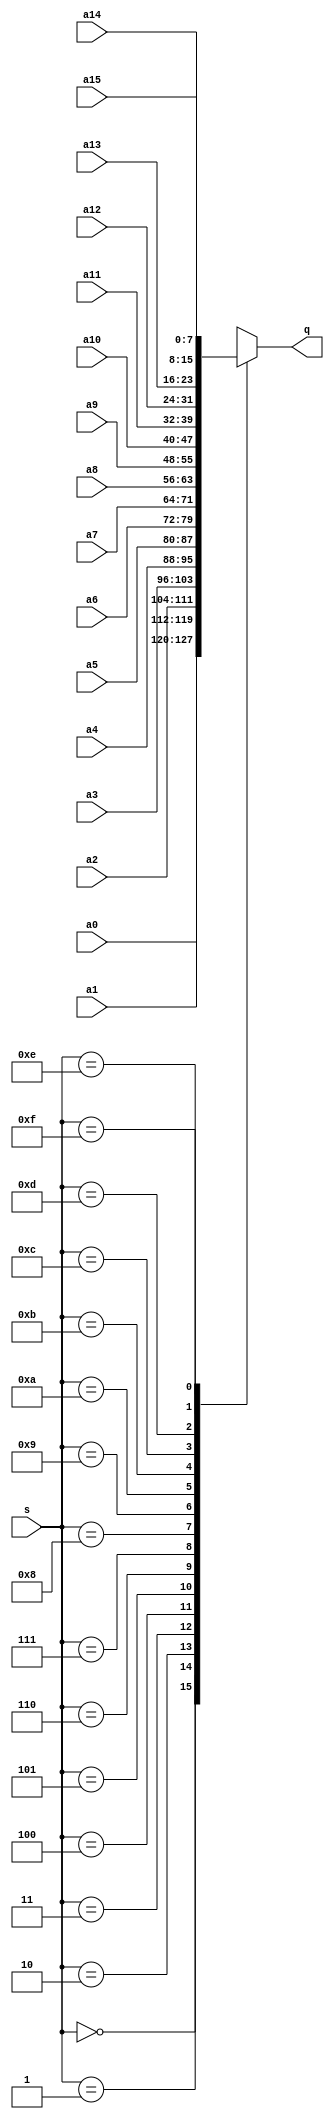
`timescale 1ns / 1ps
//////////////////////////////////////////////////////////////////////////////////
// Company: 
// Engineer: 
// 
// Design Name: 
// Module Name: mux8to1
// Project Name: 
// Target Devices: 
// Tool Versions: 
// Description: 
// 
// Dependencies: 
// 
// Revision:
// Revision 0.01 - File Created
// Additional Comments:
// 
//////////////////////////////////////////////////////////////////////////////////


module muxnto1
#(parameter Sel_Width = 4,
parameter WIDTH = 8)
(    input [WIDTH-1:0] a0,
     input [WIDTH-1:0] a1,
     input [WIDTH-1:0] a2,
     input [WIDTH-1:0] a3,
     input [WIDTH-1:0] a4,
     input [WIDTH-1:0] a5,
     input [WIDTH-1:0] a6,
     input [WIDTH-1:0] a7,
     input [WIDTH-1:0] a8,
     input [WIDTH-1:0] a9,
     input [WIDTH-1:0] a10,
     input [WIDTH-1:0] a11,
     input [WIDTH-1:0] a12,
     input [WIDTH-1:0] a13,
     input [WIDTH-1:0] a14,
     input [WIDTH-1:0] a15,
     input [Sel_Width-1:0] s,
     output reg [WIDTH-1:0] q
    );
    
    always @(*)
    begin
      case(s)
        4'b0000:q = a0;
        4'b0001:q = a1;
        4'b0010:q = a2;
        4'b0011:q = a3;
        4'b0100:q = a4;
        4'b0101:q = a5;
        4'b0110:q = a6;
        4'b0111:q = a7;
        4'b1000:q = a8;
        4'b1001:q = a9;
        4'b1010:q = a10;
        4'b1011:q = a11;
        4'b1100:q = a12;
        4'b1101:q = a13;
        4'b1110:q = a14;
        4'b1111:q = a15;
        default q=4'bzzz;
      endcase
    end
endmodule